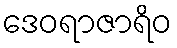
ဒေဝရာဇာရိဝ